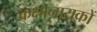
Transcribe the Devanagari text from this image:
कक्षानायकों